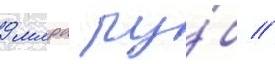
9 млрд ру́б //